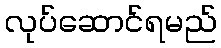
လုပ်ဆောင်ရမည်